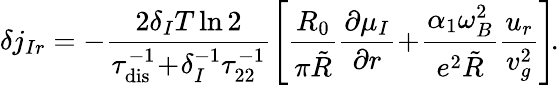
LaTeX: \delta j_{Ir}=-\frac{2\delta_{I}T\ln 2}{\tau_{\mathrm{dis}}^{-1}\! +\! \delta_{I}^{-1}\tau_{22}^{-1}}\left[\frac{R_{0}}{\pi\tilde{R}}\frac{\partial\mu_{I}}{\partial r}\! +\! \frac{\alpha_{1}\omega_{B}^{2}}{e^{2}\tilde{R}}\frac{u_{r}}{v_{g}^{2}}\right]\! .